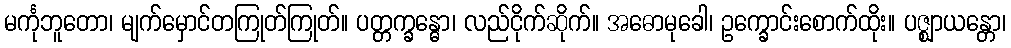
မင်္ကုဘူတော၊ မျက်မှောင်တကြုတ်ကြုတ်။ ပတ္တက္ခန္ဓော၊ လည်ငိုက်ဆိုက်။ အဓောမုခေါ၊ ဥက္ခောင်းစောက်ထိုး။ ပဇ္ဈာယန္တော၊